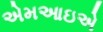
એમઆઇએ